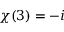
\chi ( 3 ) = - i